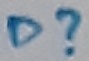
Text: D?